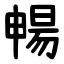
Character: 暢